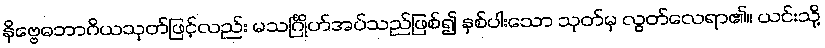
နိဗ္ဗေဓဘာဂိယသုတ်ဖြင့်လည်း မသင်္ဂြိုဟ်အပ်သည်ဖြစ်၍ နှစ်ပါးသော သုတ်မှ လွတ်လေရာ၏။ ယင်းသို့